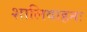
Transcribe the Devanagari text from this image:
शालिवाहनः